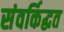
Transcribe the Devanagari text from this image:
संवर्किद्धत